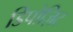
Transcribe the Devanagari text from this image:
डिपोज़िट